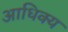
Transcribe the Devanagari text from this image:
आधिक्‍य